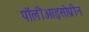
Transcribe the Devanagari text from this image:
पॉलीआइसोप्रीन